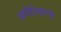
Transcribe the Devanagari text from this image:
अमेरिकाची